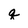
Character: q